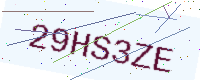
Text: 29HS3ZE